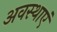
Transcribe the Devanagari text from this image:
अवस्‍थाएं